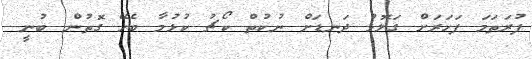
ފުރަތަމަ ފަހަރަށް ގަލޮޅު ދަނޑަށް ނުކުތް ކޯޗު ކުޅުމާ ބެހޭ ގޮތުން ބުނީ